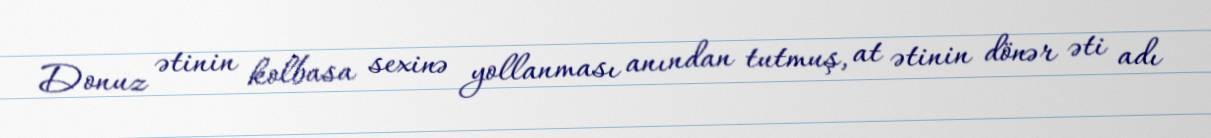
Donuz ətinin kolbasa sexinə yollanması anından tutmuş, at ətinin dönər əti adı